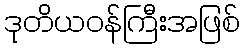
ဒုတိယဝန်ကြီးအဖြစ်